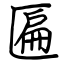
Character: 匾